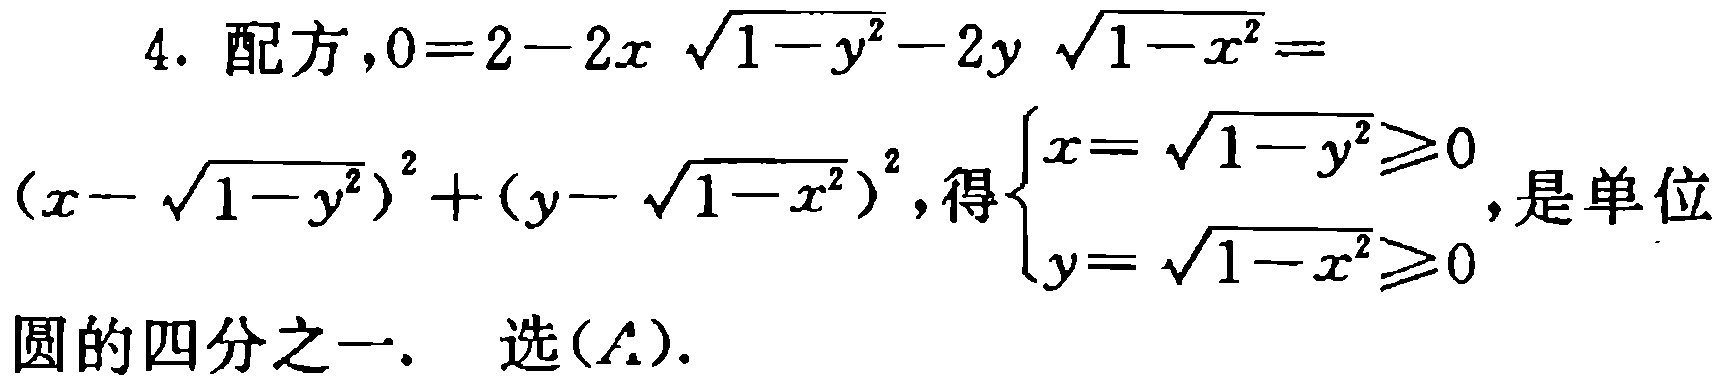
4. 配方，\(0 = 2 - 2x\sqrt{1 - y^{2}} - 2y\sqrt{1 - x^{2}}=(x - \sqrt{1 - y^{2}})^{2}+(y - \sqrt{1 - x^{2}})^{2}\)，得\(\begin{cases}x = \sqrt{1 - y^{2}}\geq0\\y = \sqrt{1 - x^{2}}\geq0\end{cases}\)，是单位圆的四分之一. 选(\(A\)).